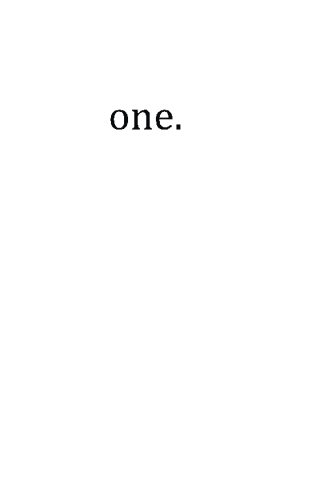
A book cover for one.; Sydney Boyle; Literature & Fiction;